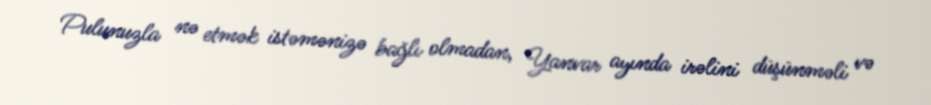
Pulunuzla nə etmək istəmənizə bağlı olmadan, Yanvar ayında irəlini düşünməli və